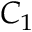
C _ { 1 }